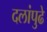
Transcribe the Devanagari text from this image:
दलांपुढे